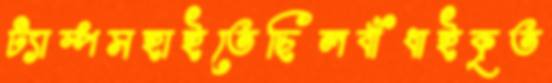
ট্যাম্পসহাইতেছিলবাঁধাইকৃত